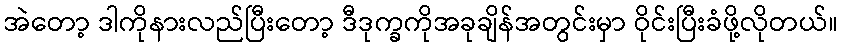
အဲတော့ ဒါကိုနားလည်ပြီးတော့ ဒီဒုက္ခကိုအခုချိန်အတွင်းမှာ ဝိုင်းပြီးခံဖို့လိုတယ်။